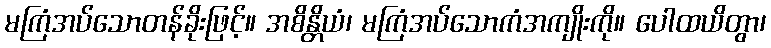
မကြံအပ်သောတန်ခိုးဖြင့်။ အစိန္တိယံ၊ မကြံအပ်သောကံအကျိုးကို။ ပေါထယိတွာ၊